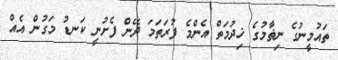
ތައުމީނުގެ ނިޡާމުގެ ޚިދުމަތް އެންމެ ފުރަތަމަ ދޭން ފެށުނީ ކަނޑު މަގުން އެއް